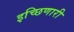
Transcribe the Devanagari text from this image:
इच्छिणारी